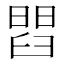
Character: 𦦄